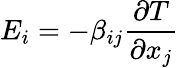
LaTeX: E_{i}=-\beta_{ij}{\frac{\partial T}{\partial x_{j}}}